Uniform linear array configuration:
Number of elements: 8
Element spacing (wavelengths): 1
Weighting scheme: hann
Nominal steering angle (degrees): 30
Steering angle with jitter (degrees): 30.574
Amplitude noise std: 0.05
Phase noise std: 0.05

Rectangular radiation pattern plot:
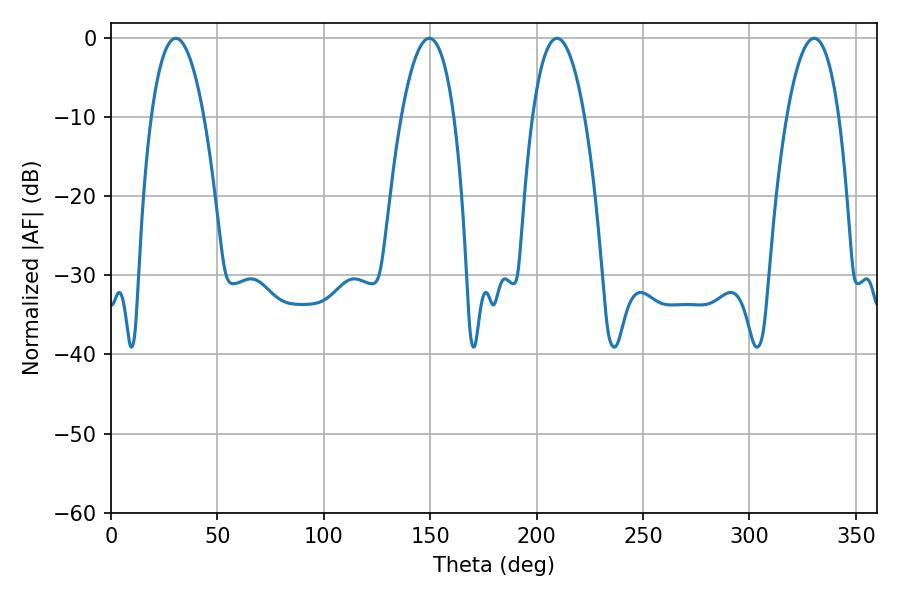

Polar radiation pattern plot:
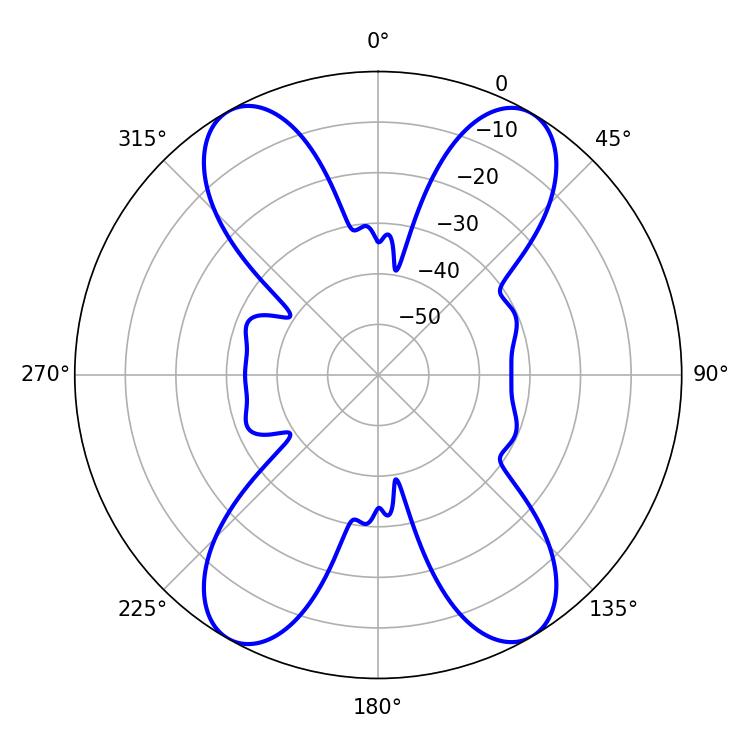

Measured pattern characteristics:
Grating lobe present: TRUE
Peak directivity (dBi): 22.959
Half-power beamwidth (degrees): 13.86
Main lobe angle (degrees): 30.42